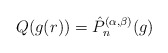
\begin{align*}Q(g(r))=\hat{P}_n^{(\alpha, \beta)}(g)\end{align*}